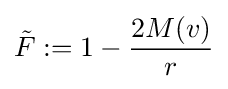
{\tilde {F}}:=1-{\frac {2M(v)}{r}}